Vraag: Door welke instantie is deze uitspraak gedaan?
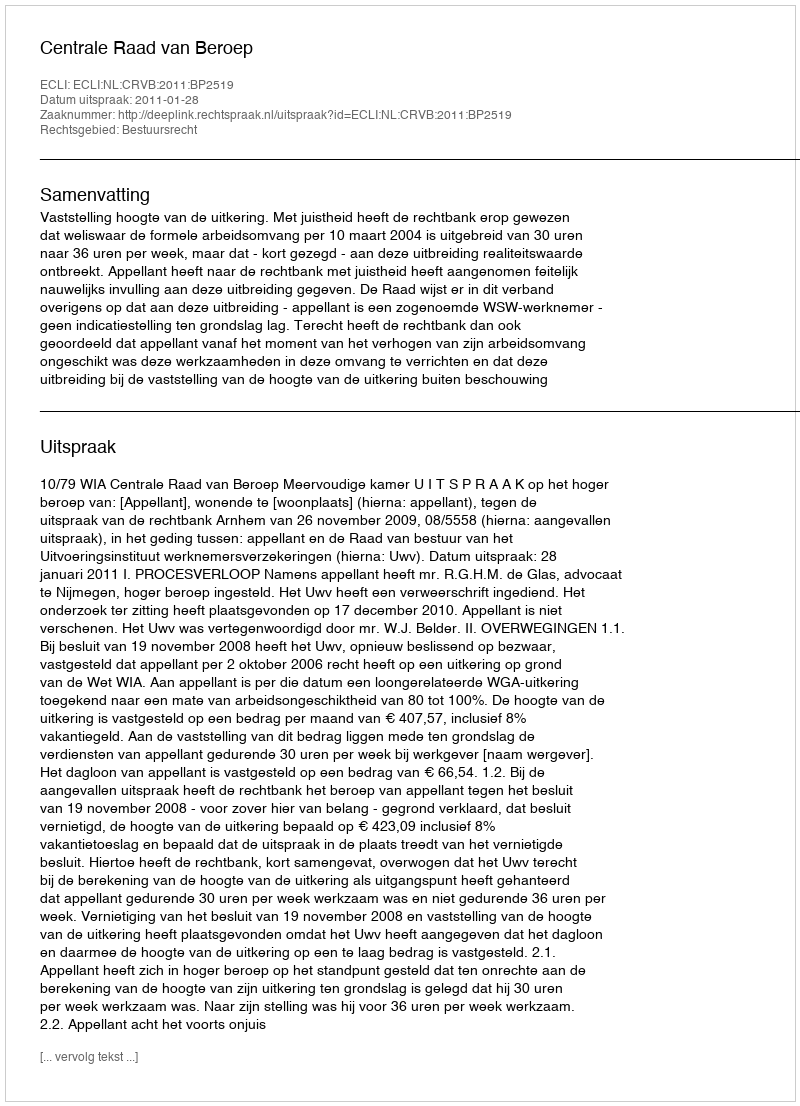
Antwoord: Centrale Raad van Beroep